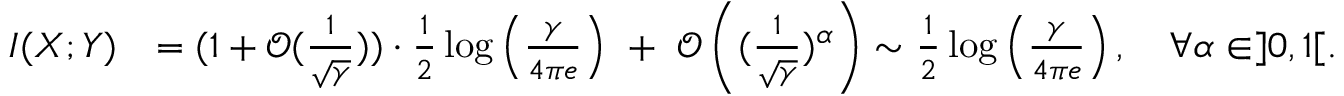
\begin{array} { r l } { I ( X ; Y ) } & { = ( 1 + \mathcal { O } ( \frac { 1 } { \sqrt { \gamma } } ) ) \cdot \frac { 1 } { 2 } \log \left( \frac { \gamma } { 4 \pi e } \right) ~ + ~ \mathcal { O } \left( ( \frac { 1 } { \sqrt { \gamma } } ) ^ { \alpha } \right) \sim \frac { 1 } { 2 } \log \left( \frac { \gamma } { 4 \pi e } \right) , ~ ~ ~ \forall \alpha \in ] 0 , 1 [ . } \end{array}